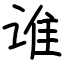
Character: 谁